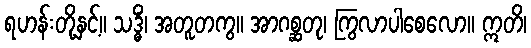
ရဟန်းတို့နှင့်။ သဒ္ဓိံ၊ အတူတကွ။ အာဂစ္ဆတု၊ ကြွလာပါစေလော။ ဣတိ၊